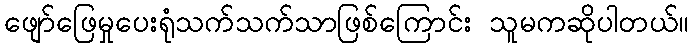
ဖျော်ဖြေမှုပေးရုံသက်သက်သာဖြစ်ကြောင်း သူမကဆိုပါတယ်။